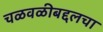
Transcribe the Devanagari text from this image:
चळवळीबद्दलचा